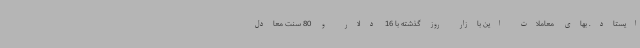
ایستاد. بهای معاملات این بازار روز گذشته با 16 دلار و 80 سنت معادل